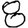
Digit: 8